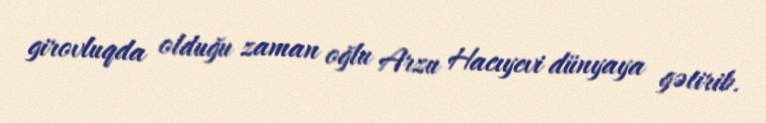
girovluqda olduğu zaman oğlu Arzu Hacıyevi dünyaya gətirib.